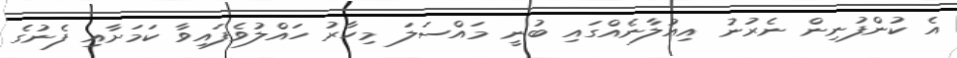
އެ ކުންފުނިން ނެރުނު އިއުލާނެއްގައި ބުނީ މައްސަލަ މިހާރު ހައްލުވެފައިވާ ކަމަށާއި ފެނުގެ